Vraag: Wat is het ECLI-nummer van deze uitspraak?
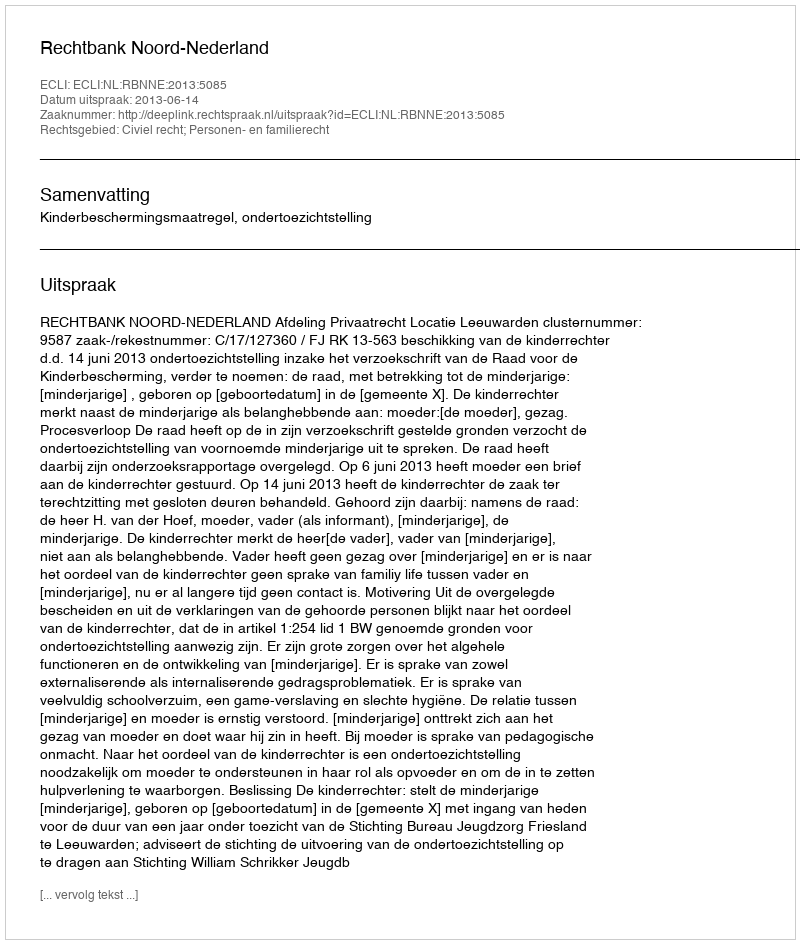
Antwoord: ECLI:NL:RBNNE:2013:5085